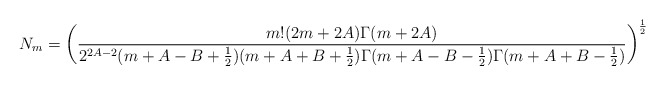
\begin{align*}N_m=\left(\frac{m!(2m+2A)\Gamma(m+2A)}{2^{2A-2}(m+A-B+\frac{1}{2})(m+A+B+\frac{1}{2})\Gamma(m+A-B-\frac{1}{2})\Gamma(m+A+B-\frac{1}{2})}\right)^{\frac{1}{2}}\end{align*}